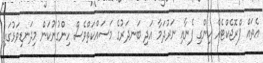
އެތައް ޕްރޮޖެކްޓެއް ހިންގި ފެނާއި ނަރުދަމާ އަދި ބަނދަރުގެ މަސައްކަތްވެސް ހިންގުނުކަން މިދަނޑިވަޅުގައި